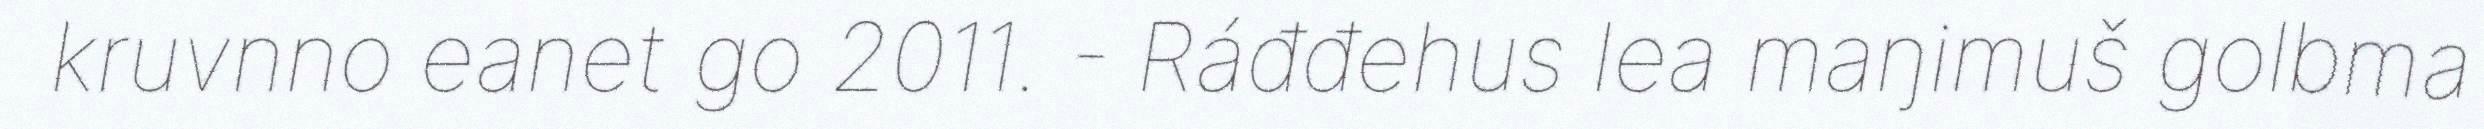
kruvnno eanet go 2011. - Ráđđehus lea maŋimuš golbma